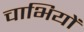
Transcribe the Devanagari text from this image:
चाभियों